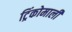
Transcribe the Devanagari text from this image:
ट्रिंकोमाली